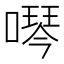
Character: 噖